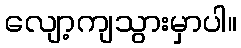
လျော့ကျသွားမှာပါ။